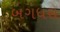
બગધરા